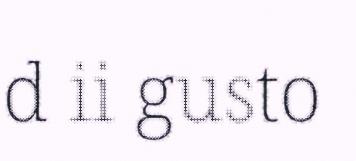
d ii gusto